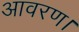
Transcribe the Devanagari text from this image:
आवरण।